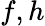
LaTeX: f,h